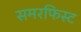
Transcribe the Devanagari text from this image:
समरफिस्ट